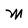
Character: M